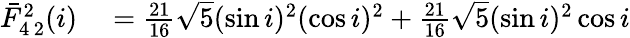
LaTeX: \begin{array}{rl}{\bar{F}_{4\, 2}^{2}(i)}&{{}=\frac{21}{16}\sqrt{5}(\sin i)^{2}(\cos i)^{2}+\frac{21}{16}\sqrt{5}(\sin i)^{2}\cos i}\end{array}